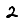
Digit: 2